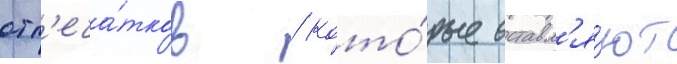
отп'еча́тков / кото́рые оставл'я́ют